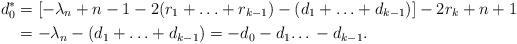
LaTeX: \begin{align*} d_0^* & = [- \lambda_n + n - 1 - 2(r_1 + \ldots + r_{k-1}) - (d_1+ \ldots + d_{k-1})] - 2r_k + n + 1 \\ & = - \lambda_n - (d_1+ \ldots + d_{k-1}) = -d_0 - d_1 … - d_{k-1}.\end{align*}